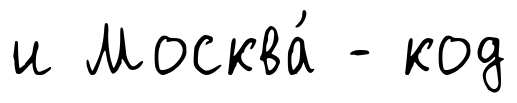
и Москва́ - код